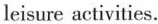
leisure activities.